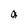
Character: g